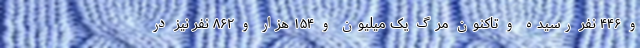
و ۴۴۶ نفر رسیده و تاکنون مرگ یک میلیون و ۱۵۴ هزار و ۸۶۲ نفر نیز در